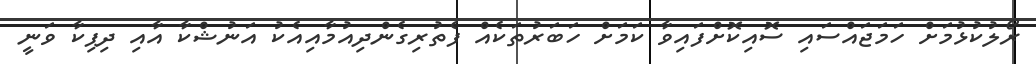
ރޯލުކުޅުމަށް ހަމަޖައްސައި ސޮއިކޮށްފައިވާ ކަމަށް ހަބަރުތަކެއް ފެތުރިގެންދިއުމާއިއެކު އަނުޝްކާ އާއި ދިޕިކާ ވަނީ